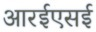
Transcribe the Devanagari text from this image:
आरईएसई